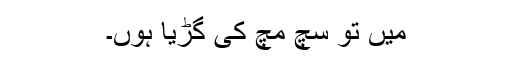
میں تو سچ مچ کی گڑیا ہوں۔